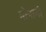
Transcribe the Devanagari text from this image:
मोनामी